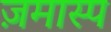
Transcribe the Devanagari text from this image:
ज़मास्प